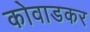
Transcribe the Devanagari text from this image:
कोवाडकर